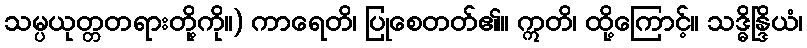
သမ္ပယုတ္တတရားတို့ကို။) ကာရေတိ၊ ပြုစေတတ်၏။ ဣတိ၊ ထို့ကြောင့်။ သဒ္ဓိန္ဒြိယံ၊